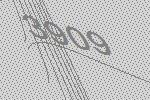
3909